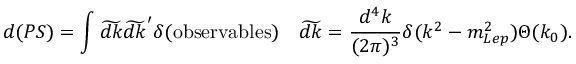
d ( P S ) = \int \widetilde { d k } \widetilde { d k } ^ { \prime } \delta ( \mathrm { o b s e r v a b l e s } ) \quad \widetilde { d k } = \frac { d ^ { 4 } k } { ( 2 \pi ) ^ { 3 } } \delta ( k ^ { 2 } - m _ { L e p } ^ { 2 } ) \Theta ( k _ { 0 } ) .